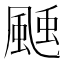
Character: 𩗝